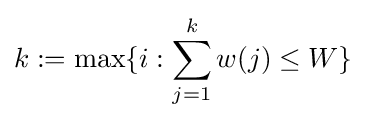
k:=\max\{i:\sum _{j=1}^{k}w(j)\leq W\}